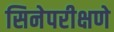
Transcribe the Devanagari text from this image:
सिनेपरीक्षणे